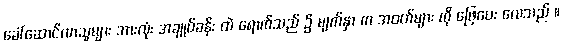
ခေါ်ဆောင်လာသူများ အားလုံး အချုပ်ခန်း ထဲ ရောက်သည် ၌ မျက်နှာ က အဝတ်များ ကို ဖြေပေး လေသည် ။